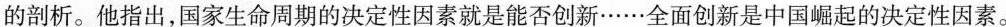
的剖析。他指出，国家生命周期的决定性因素就是能否创新······全面创新是中国崛起的决定性因素。